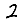
Digit: 2